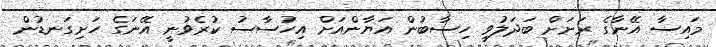
މައިސާ އޭނާގެ ރަށަށް ބަދަލުވީ ހިސާބުން އަޔާންއަށް އިހުސާސު ކުރެވުނީ އޭނަގެ ހަށިގަނޑުން